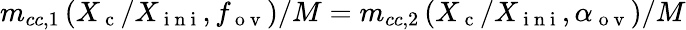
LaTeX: m_{cc,1}\left(X_{\mathrm{~c~}}/X_{\mathrm{~i~n~i~}},f_{\mathrm{~o~v~}}\right)/M=m_{cc,2}\left(X_{\mathrm{~c~}}/X_{\mathrm{~i~n~i~}},\alpha_{\mathrm{~o~v~}}\right)/M